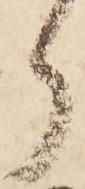
ら